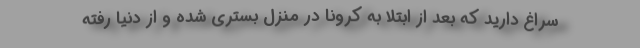
سراغ دارید که بعد از ابتلا به کرونا در منزل بستری شده و از دنیا رفته